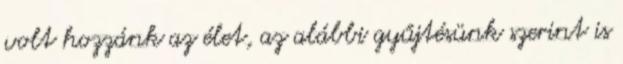
volt hozzánk az élet, az alábbi gyűjtésünk szerint is